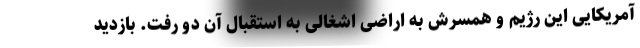
آمریکایی این رژیم و همسرش به اراضی اشغالی به استقبال آن دو رفت. بازدید